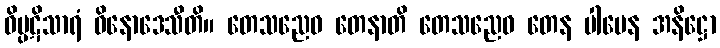
ဝိပ္ပဋိသာရံ ဝိနောဒေသီတိ။ တေသညေဝ တေနာတိ တေသညေဝ တေန ပါပေန အနိဋ္ဌော